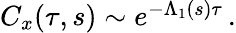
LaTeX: \begin{array}{r}{C_{x}(\tau,s)\sim e^{-\Lambda_{1}(s)\tau}\, .}\end{array}